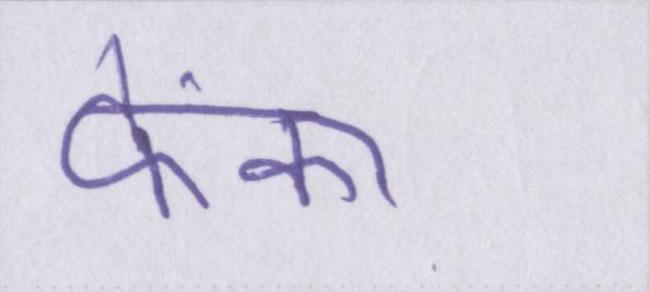
फेंका